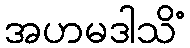
အဟမဒါသိံ